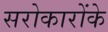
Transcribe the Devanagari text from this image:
सरोकारोंके